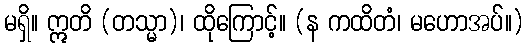
မရှိ။ ဣတိ (တသ္မာ)၊ ထိုကြောင့်။ (န ကထိတံ၊ မဟောအပ်။)